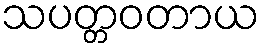
သပတ္တဝတာယ